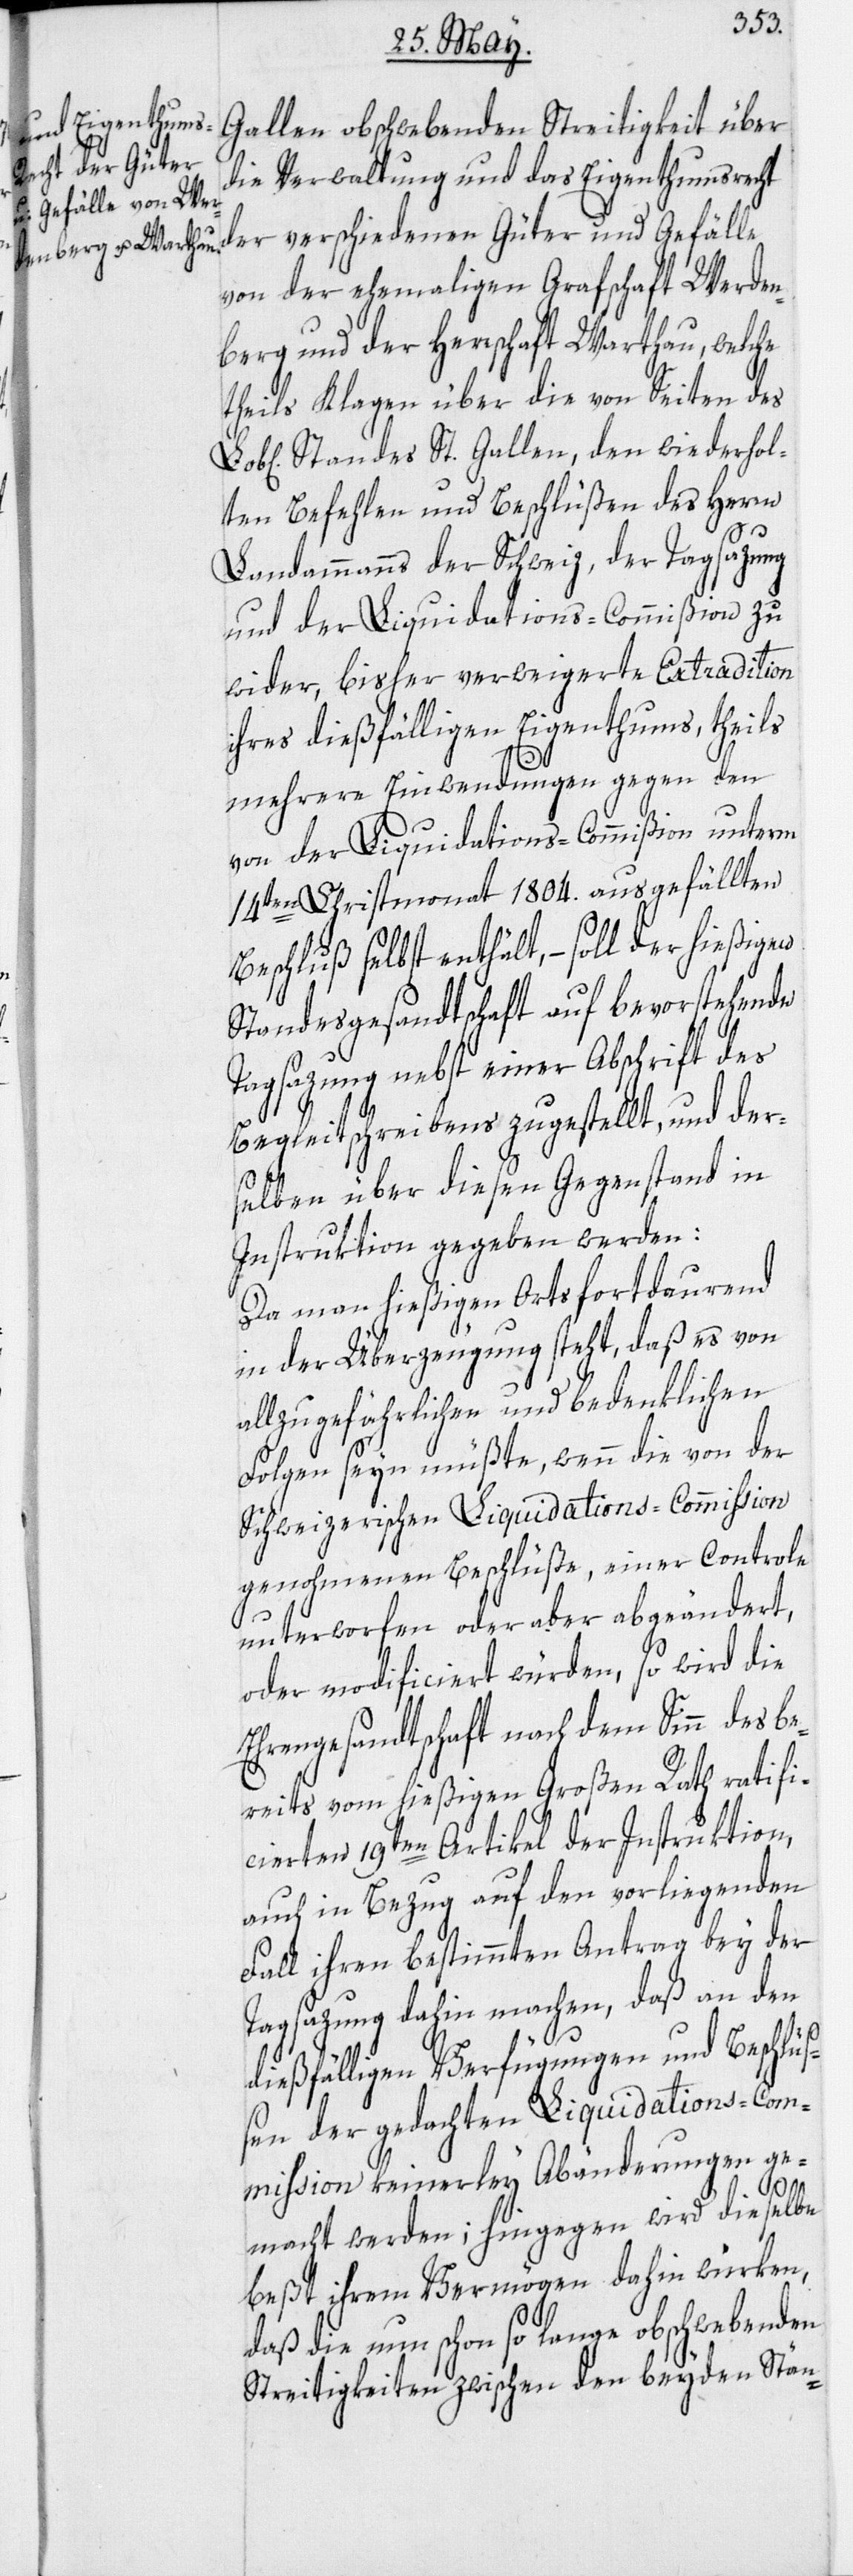
Gallen obschwebenden Streitigkeit über
die Verwaltung und das Eigenthumsrecht
der verschiedenen Güter und Gefälle
von der ehemaligen Grafschaft Werden¬
berg und der Herrschaft Warthau, welche
theils Klagen über die von Seiten des
Standes St. Gallen, den wiederhol¬
ten Befehlen und Beschlüßen des Herrn
Landammanns der Schweiz, der Tagsazung
und der Liquidations-Commißion zu
wider, bisher verweigerte Extradition
ihres dießfälligen Eigenthums, theils
mehrere Einwendungen gegen den
von der Liquidations-Commißion unterm
14ten Christmonat 1804. ausgefällten
Beschluß selbst enthält, – soll der hießigen
Standesgesandtschaft auf bevorstehende
Tagsazung nebst einer Abschrift des
Begleitschreibens zugestellt, und der¬
selben über diesen Gegenstand in
Instruktion gegeben werden:
Da man hießigen Orts fortdaurend
in der Überzeugung steht, daß es von
allzu gefährlichen und bedenklichen
Folgen seyn müßte, wenn die von der
Schweizerischen Liquidations-Commission
genohmenen Beschlüße, einer Controle
unterworfen oder aber abgeändert,
oder modificiert würden, so wird die
Ehrengesandtschaft nach dem Sinn des be¬
reits vom hießigen Großen Rath ratifi¬
cierten 19ten Artikel der Instruktion,
auch in Bezug auf den vorliegenden
Fall ihren bestimmten Antrag bey der
Tagsazung dahin machen, daß an den
dießfälligen Verfügungen und Beschlüß¬
en der gedachten Liquidations-Com¬
mission keinerley Abänderungen ge¬
macht werden; hingegen wird dieselbe
beßt ihrem Vermögen dahin würken,
daß die nun schon so lange obschwebenden
Streitigkeiten zwischen den beyden Stän-